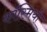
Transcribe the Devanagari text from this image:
कॉस्मियो